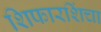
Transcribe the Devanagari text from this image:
शिफारशिंचा